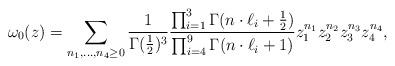
LaTeX: \begin{align*}\omega_{0}(z)=\sum_{n_{1},...,n_{4}\geq0}\frac{1}{\Gamma(\frac{1}{2})^{3}}\frac{\prod_{i=1}^{3}\Gamma(n\cdot\ell_{i}+\frac{1}{2})}{\prod_{i=4}^{9}\Gamma(n\cdot\ell_{i}+1)}z_{1}^{n_{1}}z_{2}^{n_{2}}z_{3}^{n_{3}}z_{4}^{n_{4}},\end{align*}